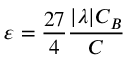
\varepsilon = \frac { 2 7 } { 4 } \frac { | \lambda | C _ { B } } { C }